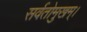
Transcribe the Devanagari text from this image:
सर्वतोमुखम्।